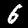
Digit: 6